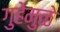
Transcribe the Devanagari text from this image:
गुहेमुळे